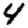
Digit: 4